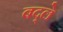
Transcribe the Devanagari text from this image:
बद्ले